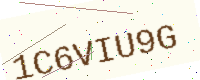
Text: 1C6VIU9G